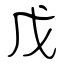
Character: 戊